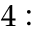
4 :